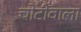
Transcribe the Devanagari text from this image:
चोटीवाला